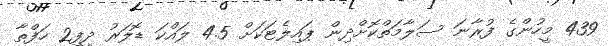
439 މީހުންގެ ފުރާނަ ސަލާމަތްކޮށްދިން ޕައިލެޓަކަށް 4.5 ލައްކަ ޑޮލަރު ދީފި2 ހަފްތާ